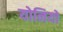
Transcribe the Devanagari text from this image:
योनियों